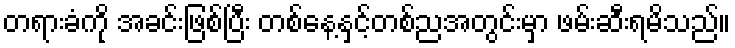
တရားခံကို အခင်းဖြစ်ပြီး တစ်နေ့နှင့်တစ်ညအတွင်းမှာ ဖမ်းဆီးရမိသည်။